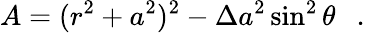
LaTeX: A=(r^{2}+a^{2})^{2}-\Delta a^{2}\sin^{2}\theta~~~.